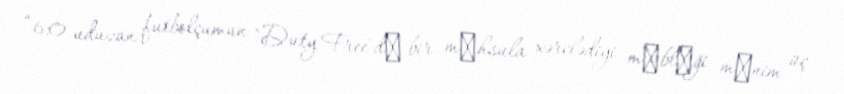
“6:0 uduzan futbolçumun "Duty Free"dә bir mәhsula xərclədiyi mәblәği mәnim üç